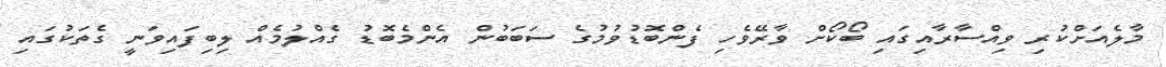
މާލެއަށްކުރި ވިއްސާރާއިގައި ބޯކޯށް ވާރޭވެހި ފެންބޮޑުވުމުގެ ސަބަބުން އެންމެބޮޑު ގެއްލުމެއް ލިބިފައިވަނީ ގެތަކުގައި